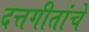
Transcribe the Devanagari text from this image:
दत्तगीतांचे